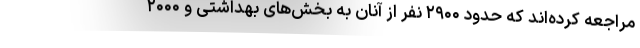
مراجعه کرده‌اند که حدود ۲۹۰۰ نفر از آنان به بخش‌های بهداشتی و ۲۰۰۰